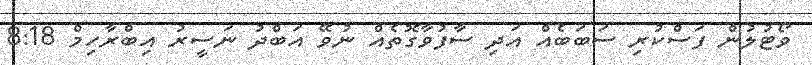
ވޯޓުލުން ފަސްކުރި ސަބަބެއް އަދި ސާފުވާގޮތެއް ނުވޭ އަބްދު ނަސީރު އިބްރާހިމް 8:18